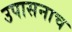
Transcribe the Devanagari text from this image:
उपासनाच